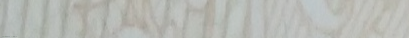
صيدلية الدواء: صحتك أولوي